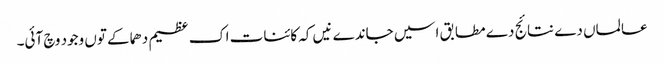
عالماں دے نتائج دے مطابق اسیں جاندے نیں کہ کائنات اک عظیم دھماکے تو‏ں وجود وچ آئی۔